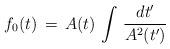
LaTeX: \begin{align*}f_0(t) \, = \, A(t) \, \int \, {dt' \over A^2(t')}\end{align*}